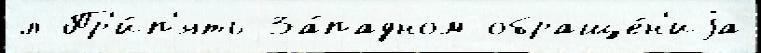
л Пр'и́п'ять За́падном обраще́н'иjа